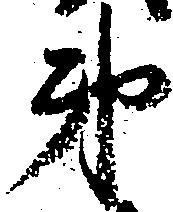
第